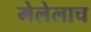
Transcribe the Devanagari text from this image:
मेलेलाच